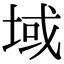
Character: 域